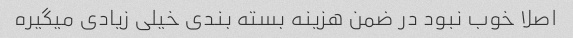
اصلا خوب نبود در ضمن هزینه بسته بندی خیلی زیادی میگیره